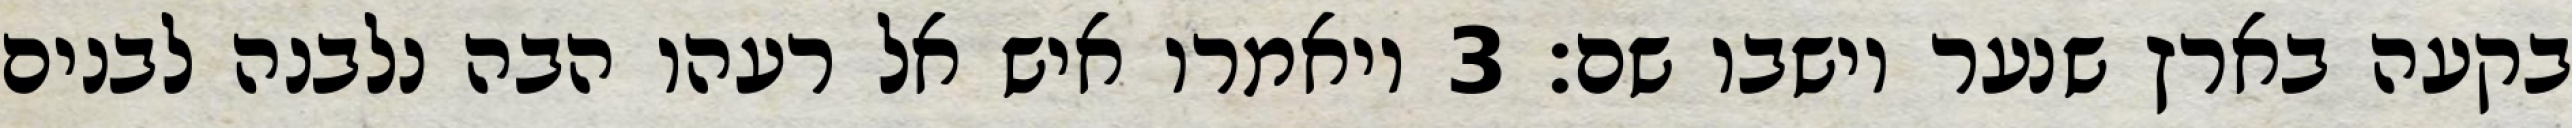
בקעה בארץ שנער וישבו שם׃ ‎3‏ ויאמרו איש אל רעהו הבה נלבנה לבנים